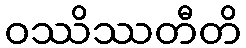
ဝဿိဿတီတိ